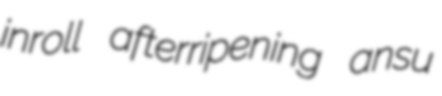
inroll afterripening ansu